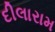
દીલારામ